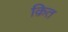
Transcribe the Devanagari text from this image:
क़ित